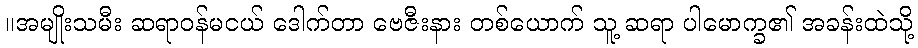
။အမျိုးသမီး ဆရာဝန်မငယ် ဒေါက်တာ ဗေဇီးနား တစ်ယောက် သူ့ ဆရာ ပါမောက္ခ၏ အခန်းထဲသို့